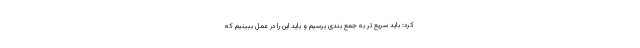
کرد: باید سریع تر به جمع بندی برسیم و باید این را در عمل ببینیم که